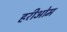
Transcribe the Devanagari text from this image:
हरीओम